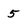
Character: 5